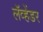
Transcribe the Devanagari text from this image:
लॅव्हेंडर